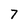
Character: 7